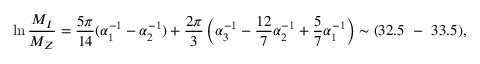
\ln { \frac { M _ { I } } { M _ { Z } } } = \frac { 5 \pi } { 1 4 } ( \alpha _ { 1 } ^ { - 1 } - \alpha _ { 2 } ^ { - 1 } ) + \frac { 2 \pi } { 3 } \left( \alpha _ { 3 } ^ { - 1 } - \frac { 1 2 } { 7 } \alpha _ { 2 } ^ { - 1 } + \frac { 5 } { 7 } \alpha _ { 1 } ^ { - 1 } \right) \sim ( 3 2 . 5 ~ - ~ 3 3 . 5 ) ,